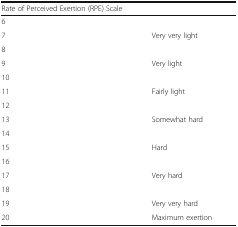
<table><thead><tr><td colspan="2"><b>Rate of Perceived Exertion (RPE) Scale</b></td></tr></thead><tbody><tr><td>6</td><td></td></tr><tr><td>7</td><td>Very very light</td></tr><tr><td>8</td><td></td></tr><tr><td>9</td><td>Very light</td></tr><tr><td>10</td><td></td></tr><tr><td>11</td><td>Fairly light</td></tr><tr><td>12</td><td></td></tr><tr><td>13</td><td>Somewhat hard</td></tr><tr><td>14</td><td></td></tr><tr><td>15</td><td>Hard</td></tr><tr><td>16</td><td></td></tr><tr><td>17</td><td>Very hard</td></tr><tr><td>18</td><td></td></tr><tr><td>19</td><td>Very very hard</td></tr><tr><td>20</td><td>Maximum exertion</td></tr></tbody></table>